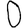
Digit: 0